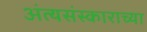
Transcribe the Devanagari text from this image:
अंत्यसंस्काराच्या